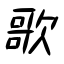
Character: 歌